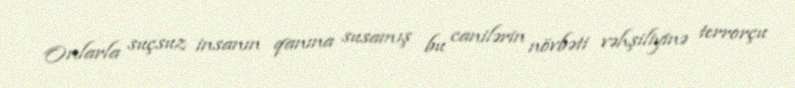
Onlarla suçsuz insanın qanına susamış bu canilərin növbəti vəhşiliyinə terrorçu